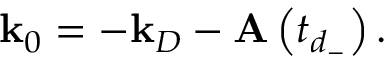
\mathbf { k } _ { 0 } = - \mathbf { k } _ { D } - \mathbf { A } \left( t _ { d _ { - } } \right) .